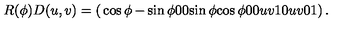
R ( \phi ) D ( u , v ) = \left( \begin{matrix} { \cos \phi } & { - \sin \phi } & { 0 } & { 0 } \\ { \sin \phi } & { \cos \phi } & { 0 } & { 0 } \\ { u } & { v } & { 1 } & { 0 } \\ { u } & { v } & { 0 } & { 1 } \\ \end{matrix} \right) .